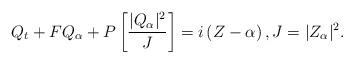
LaTeX: \begin{align*}Q_t + F Q_\alpha + P\left[\frac{|Q_\alpha|^2}{J}\right] = i\left( Z-\alpha\right),J = |Z_\alpha|^2.\end{align*}